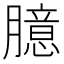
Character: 臆